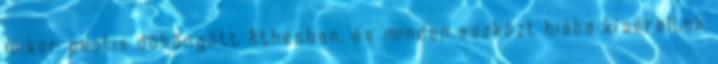
mikor pestis dühöngött Athénban, és minden eszközt hiába kíséreltek